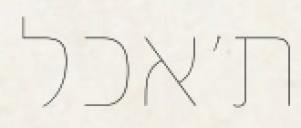
ת׳אכל